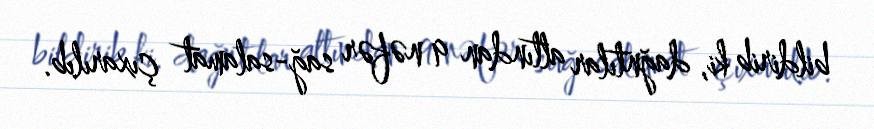
bildirib ki, dağntılar altından 9 nəfər sağ-salamat çıxarılıb.